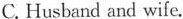
C. Husband and wife.